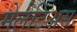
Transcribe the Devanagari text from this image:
मेलेटिअस